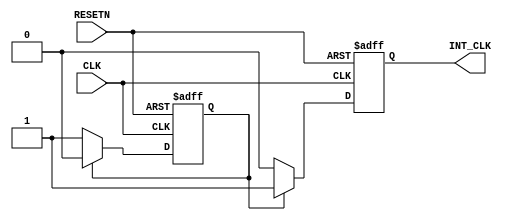
module CLOCK_GEN ( CLK, RESETN, INT_CLK );

input  CLK;
input RESETN;
output INT_CLK;

reg COUNT;
reg INT_CLK;

always @ (posedge CLK or negedge RESETN)
begin
    if (RESETN == 0)
      begin
      COUNT <= 0;
      INT_CLK <= 0;
      end
    else if (COUNT == 1) 
      begin
      COUNT <= 0;
      INT_CLK <= 1;
      end
    else
      begin
      COUNT <= 1;
      INT_CLK <= 0;
      end
end

endmodule